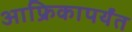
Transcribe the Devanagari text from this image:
आफ्रिकापर्यंत